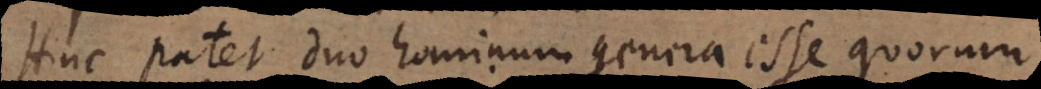
Hinc patet duo hominum genera esse quorum